Memorandum on the prevention of leprosy by segregation of the affected
Disease focus: Leprosy
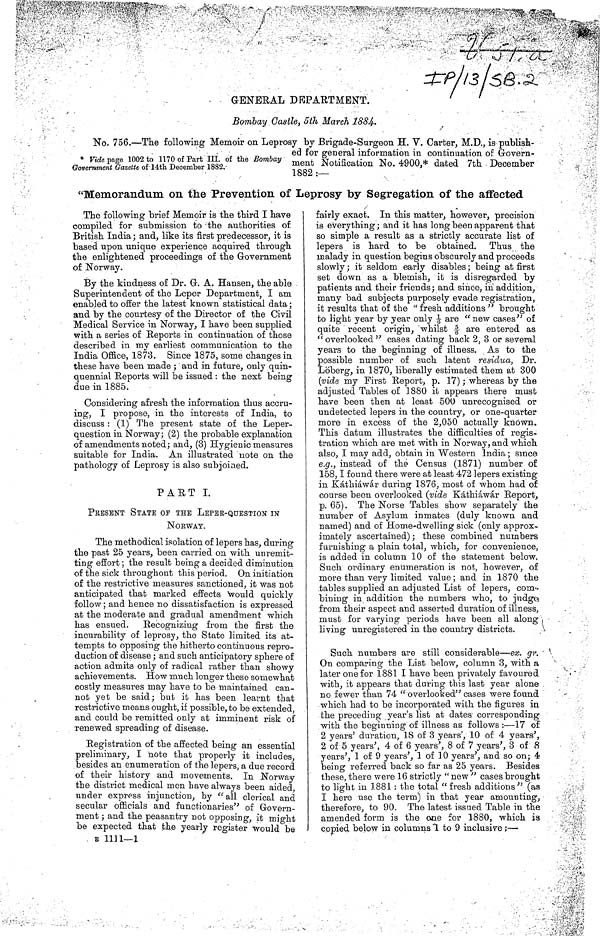
GENERAL DEPARTMENT.
Bombay Castle, 5th March, 1884.
No. 756.—The following Memoir on Leprosy by Brigade-Surgeon H. V. Carter. M.D., is publish-
ed for general information in continuation of Govern-
ment Notification No. 4900,* dated 7th December
1882 :—
* Vide page 1002 to 1170 of Part III. of the Bombay
Government Gazette of 14th December 1882.
"Memorandum on the Prevention of Leprosy by Segregation of the affected
The following brief Memoir is the third I have
compiled for submission to the authorities of
British India; and, like its first predecessor, it is
based upon unique experience acquired through
the enlightened proceedings of the Government
of Norway.
By the kindness of Dr. G. A. Hansen, the able
Superintendent of the Leper Department, I am
enabled to offer the latest known statistical data;
and by the courtesy of the Director of the Civil
Medical Service in Norway, I have been supplied
with a series of Reports in continuation of those
described in my earliest communication to the
India Office, 1873. Since 1875, some changes in
these have been made ; and in future, only quin-
quennial Reports will be issued : the next being
due in 1885.
Considering afresh the information thus accru-
ing, I propose, in the interests of India, to
discuss : (1) The present state of the Leper-
question in Norway; (2) the probable explanation
of amendments noted; and, (3) Hygienic measures
suitable for India. An illustrated note on the
pathology of Leprosy is also subjoined.
PART I.
PRESENT STATE OF THE LEPER-QUESTION IN
NORWAY.
The methodical isolation of lepers has, during
the past 25 years, been carried on with unremit-
ting effort; the result being a decided diminution
of the sick throughout this period. On initiation
of the restrictive measures sanctioned, it was not
anticipated that marked effects would quickly
follow; and hence no dissatisfaction is expressed
at the moderate and gradual amendment which
has ensued. Recognizing from the first the
incurability of leprosy, the State limited its at-
tempts to opposing the hitherto continuous repro-
duction of disease; and such anticipatory sphere of
action admits only of radical rather than showy
achievements. How much longer these somewhat
costly measures may have to be maintained can-
not yet be said; but it has been learnt that
restrictive means ought, if possible, to be extended,
and could be remitted only at imminent risk of
renewed spreading of disease.
Registration of the affected being an essential
preliminary, I note that properly it includes,
besides an enumeration of the lepers, a due record
of their history and movements. In Norway
the district medical men have always been aided
under express injunction, by "all clerical and
secular officials and functionaries" of Govern-
ment ; and the peasantry not opposing, it might
be expected that the yearly register would be
fairly exact. In this matter, however, precision
is everything; and it has long been apparent that
so simple a result as a strictly accurate list of
lepers is hard to be obtained. Thus the
malady in question begins obscurely and proceeds
slowly; it seldom early disables; being at first
set down as a blemish, it is disregarded by
patients and their friends; and since, in addition,
many bad subjects purposely evade registration,
it results that of the " fresh additions " brought
to light year by year only 1 / 6 are "new cases" of
quite recent origin, whilst 5 / 6 are entered as
"overlooked" cases dating back 2, 3 or several
years to the beginning of illness. As to the
possible number of such latent residua, Dr.
Löberg, in 1870, liberally estimated them at 300
(vide my First Report, p. 17); whereas by the
adjusted Tables of 1880 it appears there must
have been then at least 500 unrecognised or
undetected lepers in the country, or one-quarter
more in excess of the 2,050 actually known.
This datum illustrates the difficulties of regis-
tration which are met with in Norway, and which
also, I may add, obtain in Western India; since
e.g., instead of the Census (1871) number of
158,I found there were at least 472 lepers existing
in Káthiáwár during 1876, most of whom had of
course been overlooked (vide Káthiáwár Report,
p. 65). The Norse Tables show separately the
number of Asylum inmates (duly known and
named) and of Home-dwelling sick (only approx-
imately ascertained); these combined numbers
furnishing a plain total, which, for convenience,
is added in column 10 of the statement below.
Such ordinary enumeration is not, however, of
more than very limited value; and in 1870 the
tables supplied an adjusted List of lepers, com-
bining in addition the numbers who, to judge
from their aspect and asserted duration of illness,
must for varying periods have been all along
living unregistered in the country districts.
Such numbers are still considerable—ex. gr.
On comparing the List below, column 3, with a
later one for 1881 I have been privately favoured
with, it appears that during this last year alone
no fewer than 74 " over-looked" cases were found
which had to be incorporated with the figures in
the preceding year's list at dates corresponding
with the beginning of illness as follows :—17 of
2 years' duration, 18 of 3 years', 10 of 4 years',
2 of 5 years', 4 of 6 years', 8 of 7 years', 3 of 8
years', 1 of 9 years', 1 of 10 years', and so on; 4
being referred back so far as 25 years. Besides
these, there were 16 strictty " new " cases brought
to light in 1881 : the total " fresh additions" (as
I here use the term) in that year amounting,
therefore, to 90. The latest issued Table in the
amended form is the one for 1880, which is
copied below in columns 1 to 9 inclusive ;—
B 1 1 1 1 —1